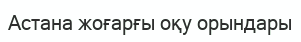
Астана жоғарғы оқу орындары